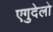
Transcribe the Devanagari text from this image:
एगुदेलो